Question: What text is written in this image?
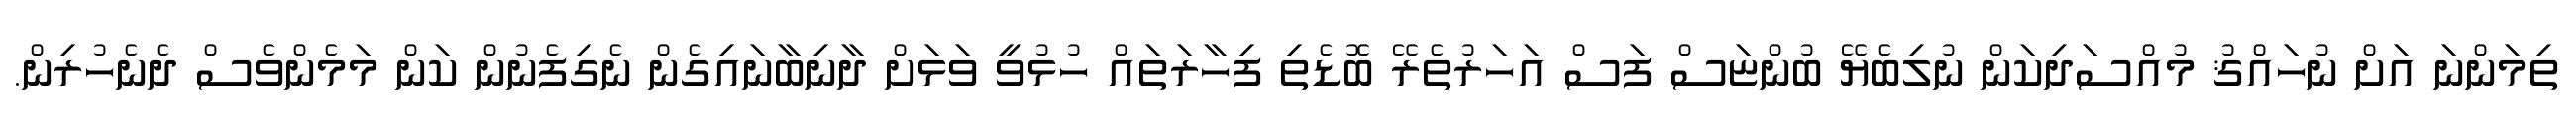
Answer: ތިމަންނަ އަށް ނުހައްޤު މުއްސަދިކަން ނުލިބެޔޭ ބުންޏަސް ފަސް އަހަރުތެރޭ ބޮޑެތި ފިހާރަތައް ހުޅުވީ ވަޅަށް ދާނިބާނައިގެން ނެގިފެނުން ކަން މަމެންވެސް ދެނެހުރިން.